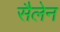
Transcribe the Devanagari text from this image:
सैलेन